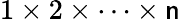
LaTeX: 1\times2\times\cdots\times\mathsf{n}